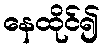
နေထိုင်၍